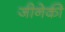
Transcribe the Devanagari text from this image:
जीनेकी